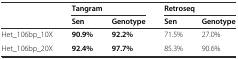
|  | <COLSPAN=2> Tangram | <COLSPAN=2> Retroseq |
 |  | Sen | Genotype | Sen | Genotype |
 | --- | --- | --- | --- | --- |
 | Het_106bp_10X | 90.9% | 92.2% | 71.5% | 27.0% |
 | Het_106bp_20X | 92.4% | 97.7% | 85.3% | 90.6% |